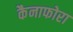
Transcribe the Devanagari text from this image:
कैनाफोरा